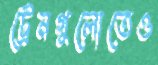
ট্রেনগুলোতেও